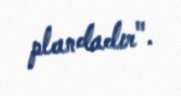
plandadır".